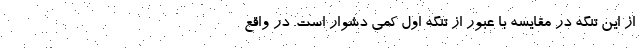
از این تنگه در مقایسه با عبور از تنگه اول کمی دشوار است. در واقع